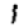
Digit: 1